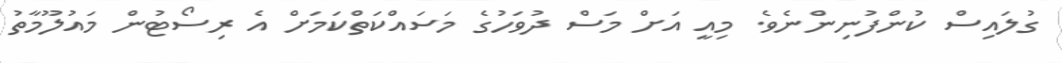
ގުލައިސް ކުންފުނިންނެވެ. މިއީ އަށް މަސް ދުވަހުގެ މަސައްކަތްކަމަށް އެ ރިސޯޓުން މައުލޫމާތު